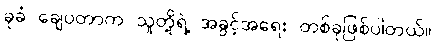
ခုခံ ချေပတာက သူတို့ရဲ့ အခွင့်အရေး တစ်ခုဖြစ်ပါတယ်။